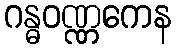
ဂန္ဓဝဏ္ဏကေန